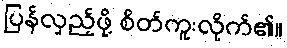
ပြန်လှည့်ဖို့ စိတ်ကူးလိုက်၏။